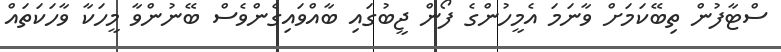
ސްޓާފުން ތިބޭކަމަށް ވާނަމަ އެމީހުންގެ ފޯން ޖީބުގައި ބާއްވައިގެންވެސް ބޭނުންވާ މީހަކާ ވާހަކަތައް